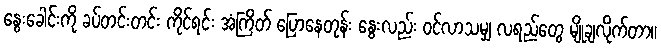
နွေးခေါင်းကို ခပ်တင်းတင်း ကိုင်ရင်း အံကြိတ် ပြောနေတုန်း နွေးလည်း ဝင်လာသမျှ လရည်တွေ မျိုချလိုက်တာ။